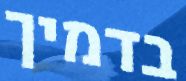
בדמיך